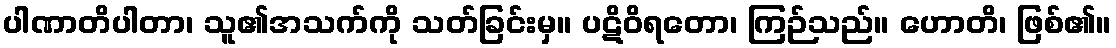
ပါဏာတိပါတာ၊ သူ၏အသက်ကို သတ်ခြင်းမှ။ ပဋိဝိရတော၊ ကြဉ်သည်။ ဟောတိ၊ ဖြစ်၏။